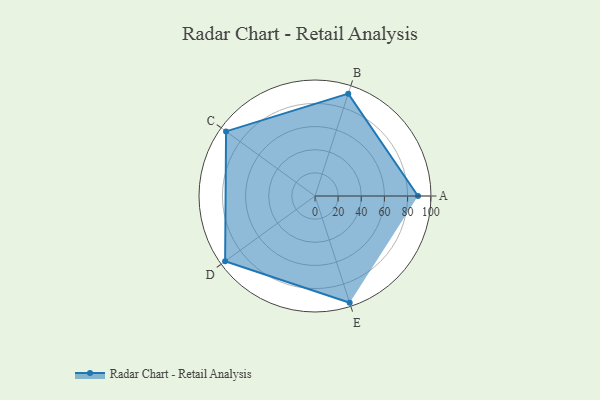
{"axis": {"x": "Skill", "y": "Score"}, "legend": ["Profile"], "data": [{"x": "A", "y": 89.0, "type": "Profile"}, {"x": "B", "y": 93.0, "type": "Profile"}, {"x": "C", "y": 95.0, "type": "Profile"}, {"x": "D", "y": 96.0, "type": "Profile"}, {"x": "E", "y": 97.0, "type": "Profile"}]}